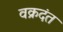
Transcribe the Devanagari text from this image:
वक्रदंत